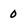
Character: 0